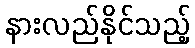
နားလည်နိုင်သည့်